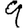
Digit: 9